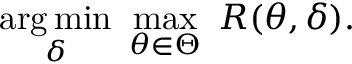
{ \underset { \delta } { \operatorname { a r g \, m i n } } } \ \operatorname* { m a x } _ { \theta \in \Theta } \ R ( \theta , \delta ) .